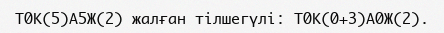
Т0К(5)А5Ж(2) жалған тілшегүлі: Т0К(0+3)А0Ж(2).